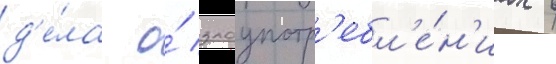
д'е́ла о́ злоупотр'ебл'е́н'иах в